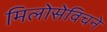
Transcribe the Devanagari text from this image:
मिलोसेविचने